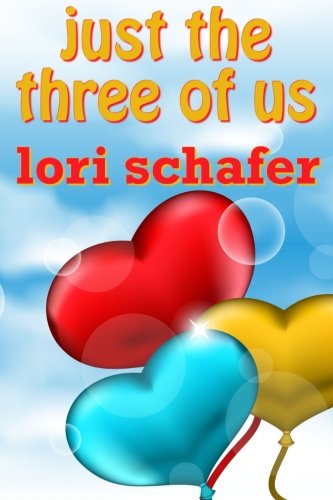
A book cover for Just the Three of Us: An Erotic Romantic Comedy for the Commitment-Challenged (Volume 1); Lori Schafer; Romance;